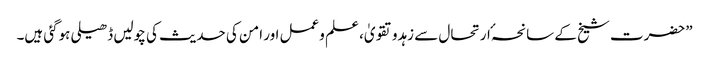
”حضرت شیخ کے سانحہٴ ارتحال سے زہدوتقویٰ، علم وعمل اور امن کی حدیث کی چولیں ڈھیلی ہوگئی ہیں۔